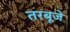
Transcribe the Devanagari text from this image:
तरबूजे